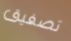
تصفيق